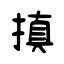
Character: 搷